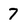
Character: 7